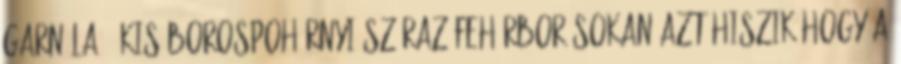
garnéla 1 kis borospohárnyi száraz,fehérbor Sokan azt hiszik,hogy a